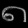
Digit: ၈